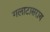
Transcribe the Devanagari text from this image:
गलाटासराय